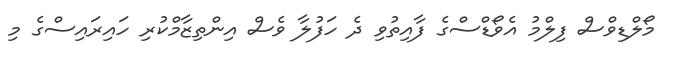
މޯލްޑިވްސް ފިލްމު އެވޯޑްސްގެ ފާއިތުވި ދެ ހަފުލާ ވެސް އިންތިޒާމްކުރި ހައިރައިސްގެ މި